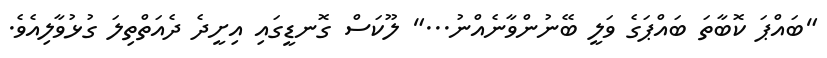
"ބައްޕަ ކޮބާތަ ބައްޕަގެ ވަލީ ބޭނުންވާނެއްނު..." ލޫކަސް ގޮނޑީގައި އިށީދެ ދެއަތްތިލަ ގުޅުވާލިއެވެ.